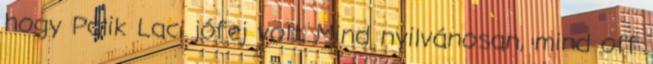
hogy Palik Laci jófej volt. Mind nyilvánosan, mind off